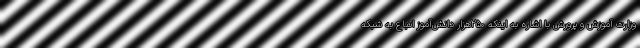
وزارت آموزش و پرورش با اشاره به اینکه ۲۵۰هزار دانش‌آموز اتباع به شبکه